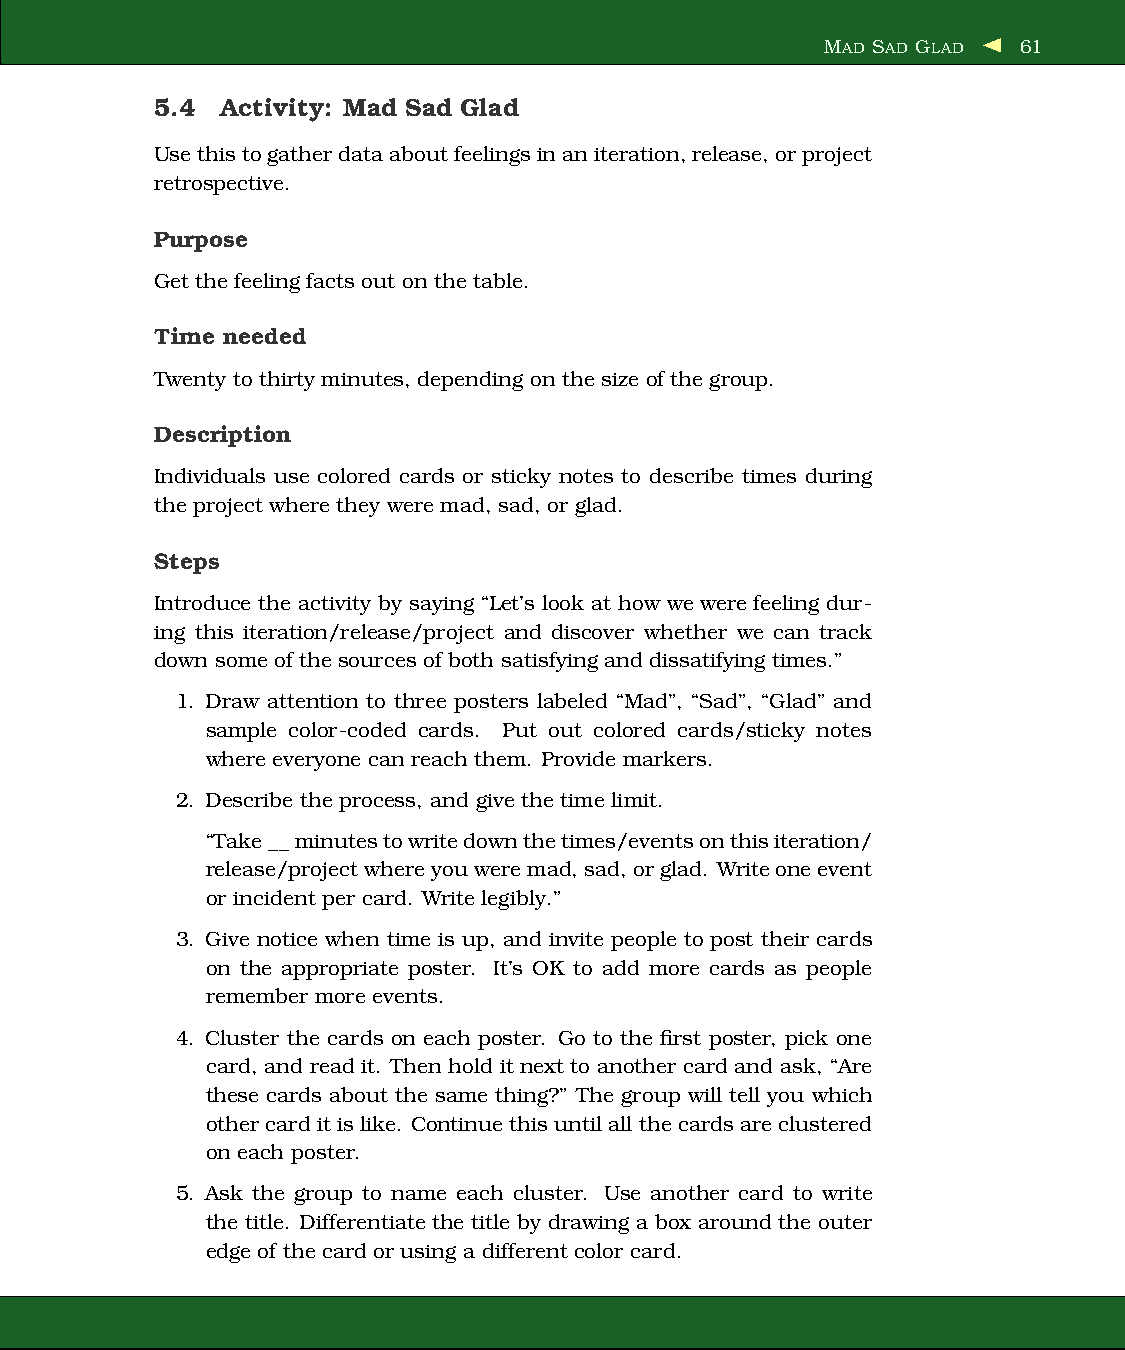
MAD SAD GLAD 61
 5.4  Activity: Mad Sad Glad
 Usethistogatherdataabout feelingsinaniteration,release,orproject
 retrospective.
 Purpose
 Get the feeling facts out on the table.
 Time needed
 Twenty to thirty minutes, depending on the size of the group.
 Description
 Individuals use colored cards or sticky notes to describe times during
 the project where they weremad, sad, or glad.
 Steps
 Introduce the activity by saying “Let’s look at how we were feeling dur-
 ing this iteration/release/project and discover whether we can track
 down some of the sources of both satisfying and dissatifying times.”
 1. Draw attention to three posters labeled “Mad”, “Sad”, “Glad” and
 sample color-coded cards. Put out colored cards/sticky notes
 where everyone can reach them. Provide markers.
 2. Describe the process, and give the time limit.
 “Take__minutestowritedownthetimes/eventsonthisiteration/
 release/projectwhereyouweremad, sad, orglad. Writeoneevent
 or incident per card. Writelegibly.”
 3. Give notice when time is up, and invite people to post their cards
 on the appropriate poster. It’s OK to add more cards as people
 remember more events.
 4. Cluster the cards on each poster. Go to the first poster, pick one
 card, and read it. Then hold it next to another card and ask, “Are
 these cards about the same thing?” The group will tell you which
 othercarditislike. Continuethisuntilall thecardsareclustered
 on each poster.
 5. Ask the group to name each cluster. Use another card to write
 the title. Differentiate the title by drawing a box around the outer
 edge of the card or using a different color card.